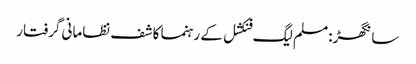
سانگھڑ: مسلم لیگ فنکشل کے رہنما کاشف نظامانی گرفتار